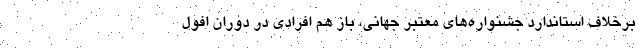
برخلاف استاندارد جشنواره‌های معتبر جهانی، باز هم افرادی در دوران افول